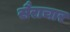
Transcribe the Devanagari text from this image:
सैराचार